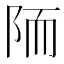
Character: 陑